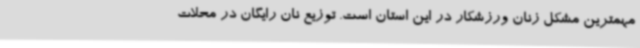
مهمترین مشکل زنان ورزشکار در این استان است. توزیع نان رایگان در محلات